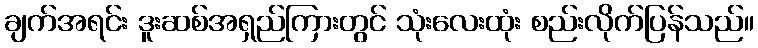
ချက်အရင်း ဒူးဆစ်အရှည်ကြားတွင် သုံးလေးထုံး စည်းလိုက်ပြန်သည်။